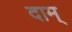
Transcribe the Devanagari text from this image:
दाम्